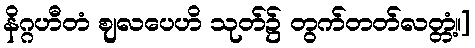
နိဂ္ဂဟီတံ ဈလပေဟိ သုတ်၌ တွက်တတ်လတ္တံ့။]